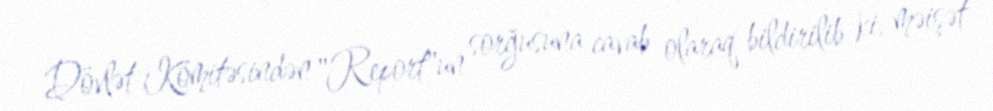
Dövlət Komitəsindən "Report"un sorğusuna cavab olaraq bildirilib ki, məişət